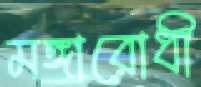
মঙ্গারোধী